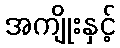
အကျိုးနှင့်